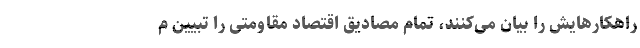
راهکارهایش را بیان می‌کنند، تمام مصادیق اقتصاد مقاومتی را تبیین م